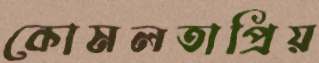
কোমলতাপ্রিয়